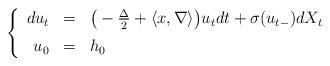
LaTeX: \begin{align*}\left\{\begin{array}{rcl}du_t & = & \big( - \frac{\Delta}{2} + \langle x,\nabla \rangle \big) u_t dt + \sigma(u_{t-}) dX_t\medskip\\ u_0 & = & h_0\end{array}\right.\end{align*}